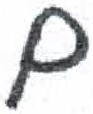
אות: ם